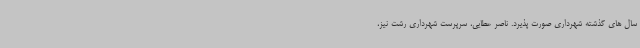
سال های گذشته شهرداری صورت پذیرد. ناصر عطایی، سرپرست شهرداری رشت نیز،